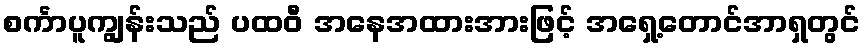
စင်္ကာပူကျွန်းသည် ပထဝီ အနေအထားအားဖြင့် အရှေ့တောင်အာရှတွင်